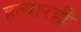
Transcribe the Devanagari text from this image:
हत्यारही